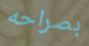
بصراحه